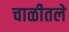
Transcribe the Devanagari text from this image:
चाळीतले